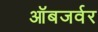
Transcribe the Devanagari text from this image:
ऑबजर्वर